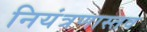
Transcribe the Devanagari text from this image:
नियंत्रणास्तव